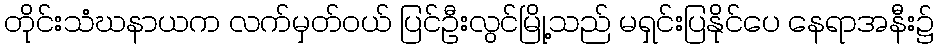
တိုင်းသံဃနာယက လက်မှတ်ဝယ် ပြင်ဦးလွင်မြို့သည် မရှင်းပြနိုင်ပေ နေရာအနီး၌